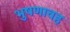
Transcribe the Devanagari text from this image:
भुषणावह